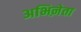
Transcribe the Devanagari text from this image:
अभिऩेता